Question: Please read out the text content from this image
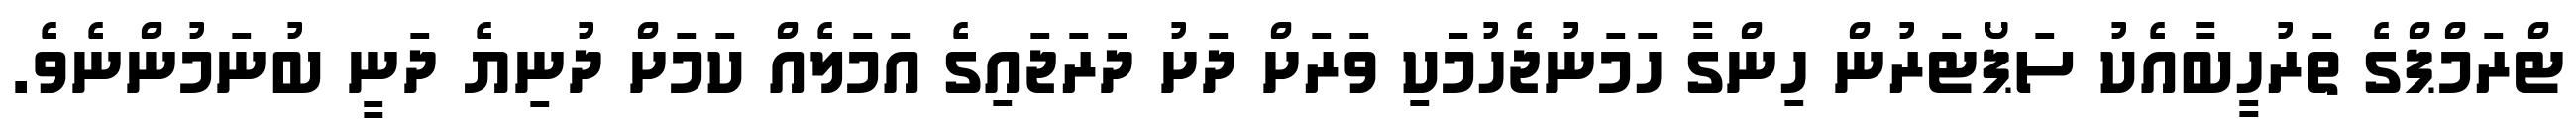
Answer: ޓްރަމްޕްގެ ތަރުހީބާއެކު ސަޕޯޓަރުން ހިންގާ ހަމަނުޖެހުމަކި ވަރަށް ދަށު ދަރަޖައިގެ އަމަލެއް ކަމަށް ދުނިޔެ ދަނީ ބުނަމުންނެވެ.